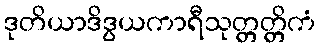
ဒုတိယာဒိဒွယကာရီသုတ္တတ္တိကံ